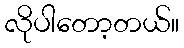
လိုပါတော့တယ်။